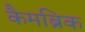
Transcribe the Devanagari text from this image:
कैमब्रिक